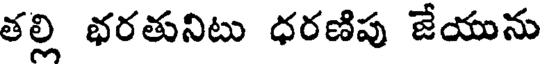
తల్లి భరతునిటు ధరణిపు జేయును